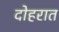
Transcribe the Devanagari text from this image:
दोहरात